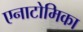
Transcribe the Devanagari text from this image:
एनाटोमिका